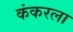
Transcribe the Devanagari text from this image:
कंकरला